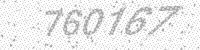
Solution: 760167